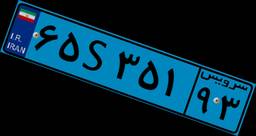
۶۵S۳۵۱۹۳